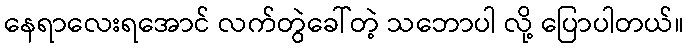
နေရာလေးရအောင် လက်တွဲခေါ်တဲ့ သဘောပါ လို့ ပြောပါတယ်။